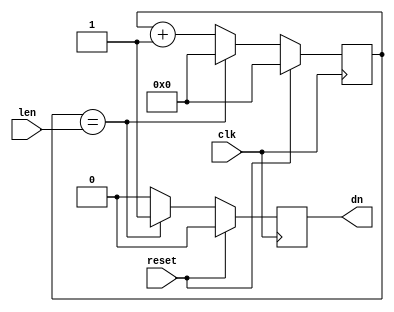
module fsmDelayCntr(
    input clk,
    input reset,
    input [31:0] len,
    output reg dn
    );
    
    reg [31:0] count;
    
    always@(posedge clk)
    begin
        if(reset)
        begin
            count <= 0;
            dn <= 0;
        end
        else
        begin
            if(count == len)
            begin
                dn <= 1;
                count <= 0;
            end
            else
            begin
                dn <= 0;
                count <= count + 1;
            end
        end
    end
endmodule